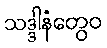
သဒ္ဒါနံတွေဝ